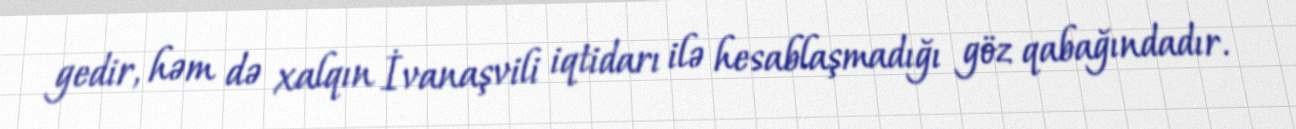
gedir, həm də xalqın İvanaşvili iqtidarı ilə hesablaşmadığı göz qabağındadır.